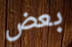
بعض